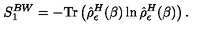
S _ { 1 } ^ { B W } = - \mathrm { T r } \left( \hat { \rho } _ { \epsilon } ^ { H } ( \beta ) \ln \hat { \rho } _ { \epsilon } ^ { H } ( \beta ) \right) .